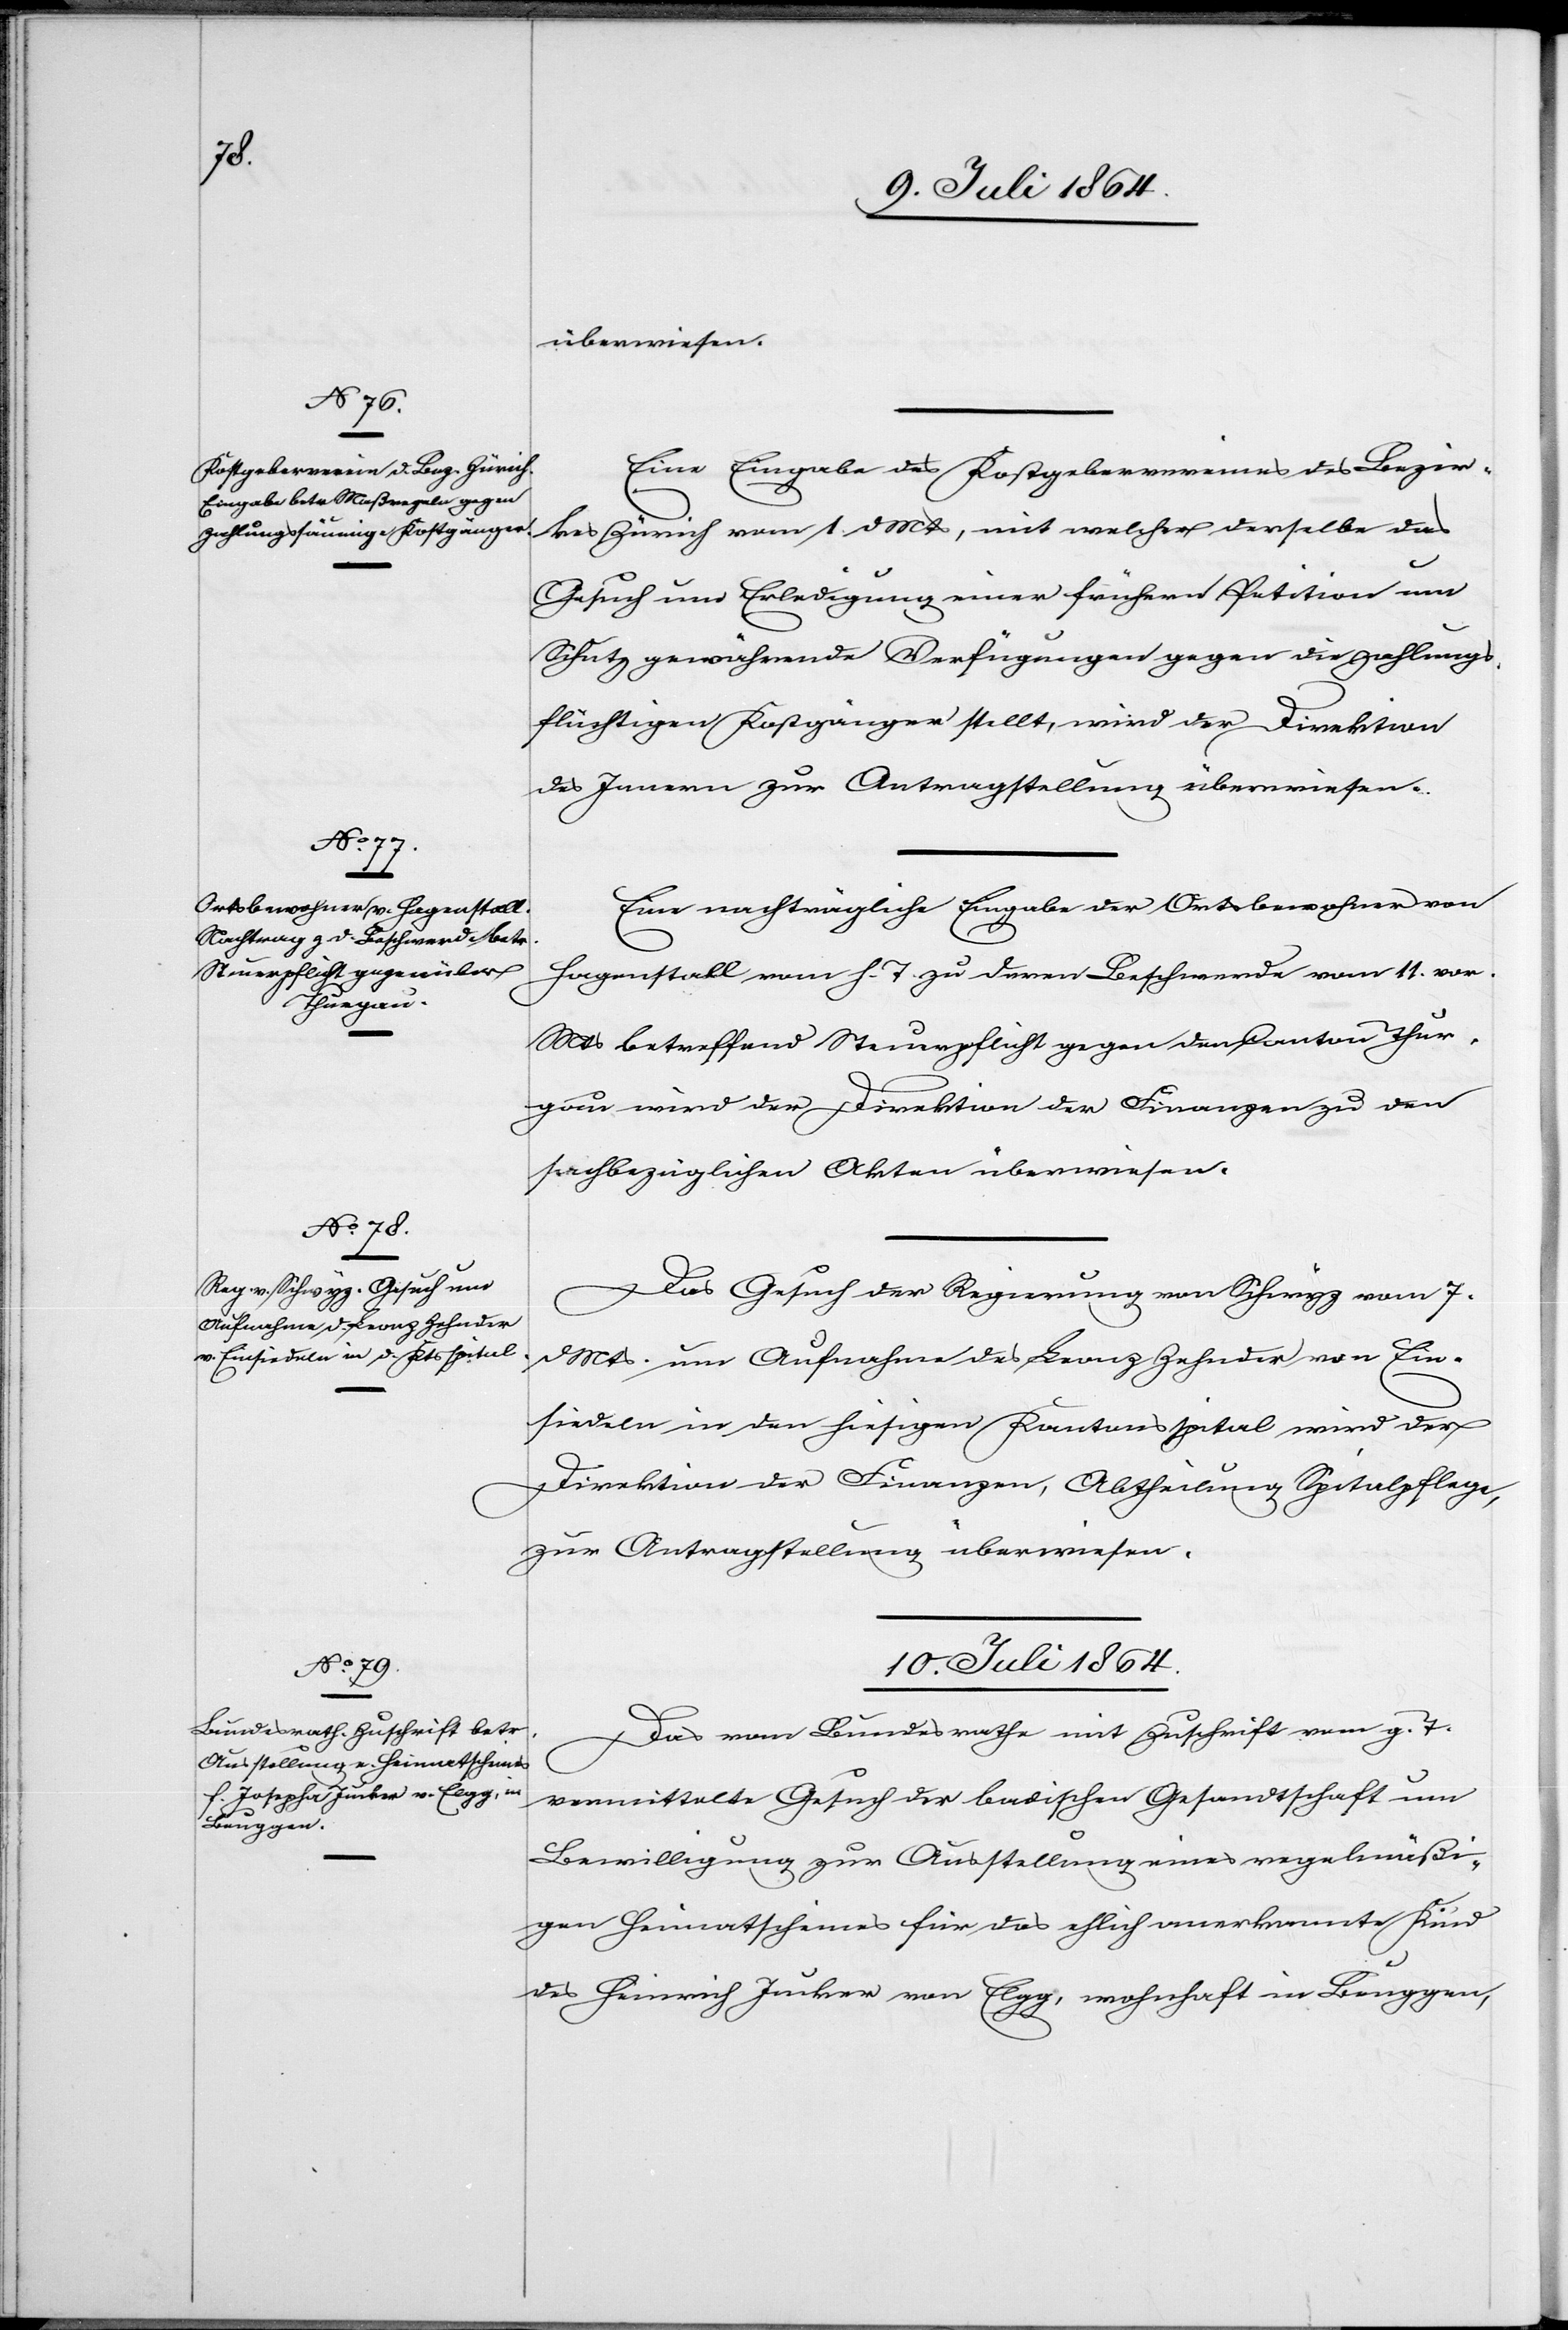
9. Juli 1864.]
überwiesen.
Eine Eingabe des Kostgebervereines des Bezir¬
kes Zürich vom 1. d. Mts., mit welcher derselbe das
Gesuch um Erledigung einer frühern Petition um
Schutz gewährende Verfügungen gegen die zahlungs¬
flüchtigen Kostgänger stellt, wird der Direktion
des Innern zur Antragstellung überwiesen.
Eine nachträgliche Eingabe der Ortsbewohner von
Hagenstall vom h. T. zu deren Beschwerde vom 11. vor.
Mts. betreffend Steuerpflicht gegen den Canton Thur¬
gau wird der Direktion der Finanzen zu den
sachbezüglichen Akten überwiesen.
Das Gesuch der Regierung von Schwyz vom 7.
d. Mts. um Aufnahme des Leonz Zehnder von Ein¬
siedeln in den hiesigen Kantonsspital wird der
Direktion der Finanzen, Abtheilung Spitalpflege,
zur Antragstellung überwiesen.
10. Juli 1864.
Das vom Bundesrathe mit Zuschrift vom g. T.
vermittelte Gesuch der badischen Gesandtschaft um
Bewilligung zur Ausstellung eines regelmäßi¬
gen Heimatscheines für das ehlich anerkannte Kind
des Heinrich Junker von Elgg, wohnhaft in Beuggen,